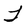
Character: T